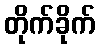
တိုက်ခိုက်